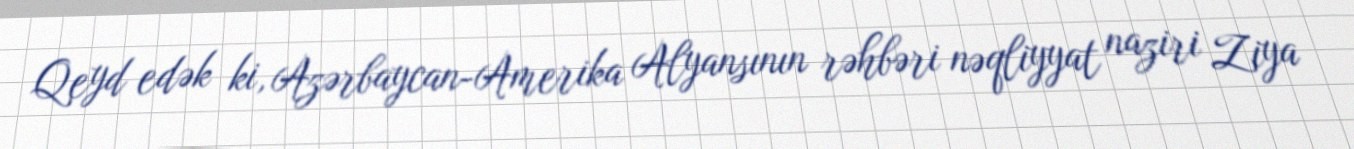
Qeyd edək ki, Azərbaycan-Amerika Alyansının rəhbəri nəqliyyat naziri Ziya